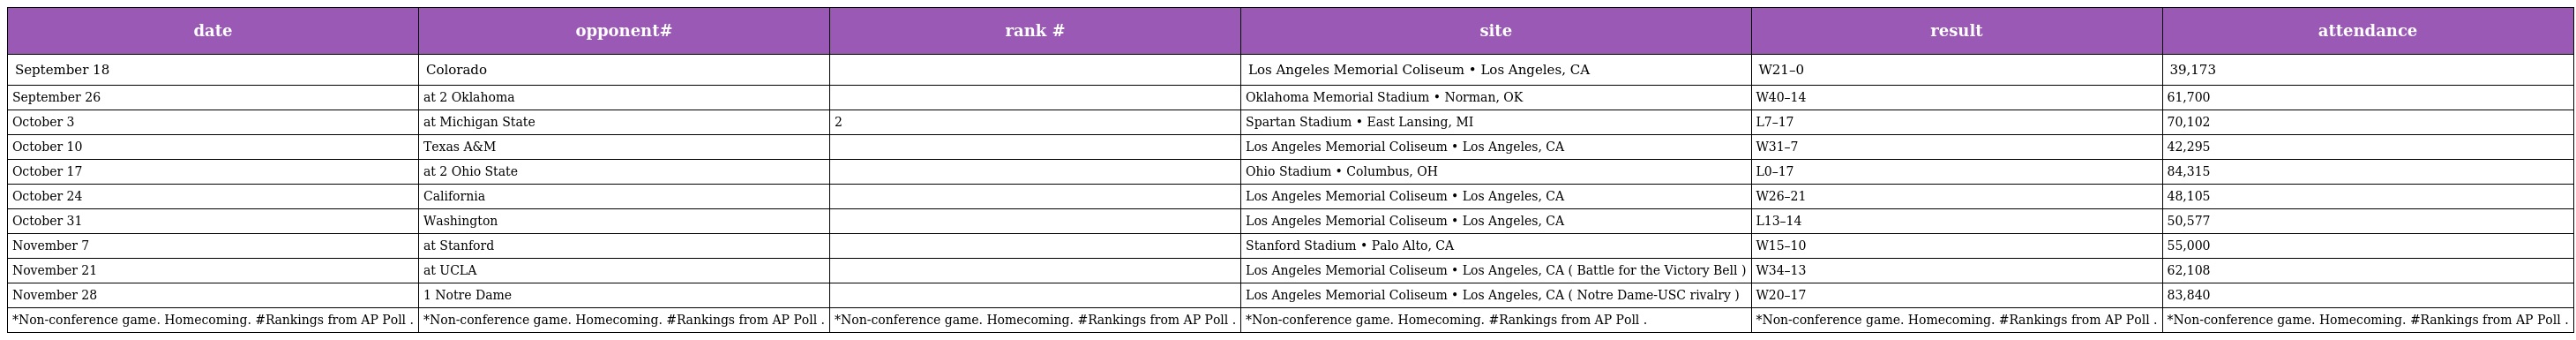
| date | opponent# | rank # | site | result | attendance |
 | --- | --- | --- | --- | --- | --- |
 | September 18 | Colorado |  | Los Angeles Memorial Coliseum • Los Angeles, CA | W21–0 | 39,173 |
 | September 26 | at 2 Oklahoma |  | Oklahoma Memorial Stadium • Norman, OK | W40–14 | 61,700 |
 | October 3 | at Michigan State | 2 | Spartan Stadium • East Lansing, MI | L7–17 | 70,102 |
 | October 10 | Texas A&M |  | Los Angeles Memorial Coliseum • Los Angeles, CA | W31–7 | 42,295 |
 | October 17 | at 2 Ohio State |  | Ohio Stadium • Columbus, OH | L0–17 | 84,315 |
 | October 24 | California |  | Los Angeles Memorial Coliseum • Los Angeles, CA | W26–21 | 48,105 |
 | October 31 | Washington |  | Los Angeles Memorial Coliseum • Los Angeles, CA | L13–14 | 50,577 |
 | November 7 | at Stanford |  | Stanford Stadium • Palo Alto, CA | W15–10 | 55,000 |
 | November 21 | at UCLA |  | Los Angeles Memorial Coliseum • Los Angeles, CA ( Battle for the Victory Bell ) | W34–13 | 62,108 |
 | November 28 | 1 Notre Dame |  | Los Angeles Memorial Coliseum • Los Angeles, CA ( Notre Dame-USC rivalry ) | W20–17 | 83,840 |
 | *Non-conference game. Homecoming. #Rankings from AP Poll . | *Non-conference game. Homecoming. #Rankings from AP Poll . | *Non-conference game. Homecoming. #Rankings from AP Poll . | *Non-conference game. Homecoming. #Rankings from AP Poll . | *Non-conference game. Homecoming. #Rankings from AP Poll . | *Non-conference game. Homecoming. #Rankings from AP Poll . |